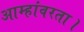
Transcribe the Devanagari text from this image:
आम्हांवरता।